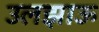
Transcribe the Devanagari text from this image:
उलझाऊ